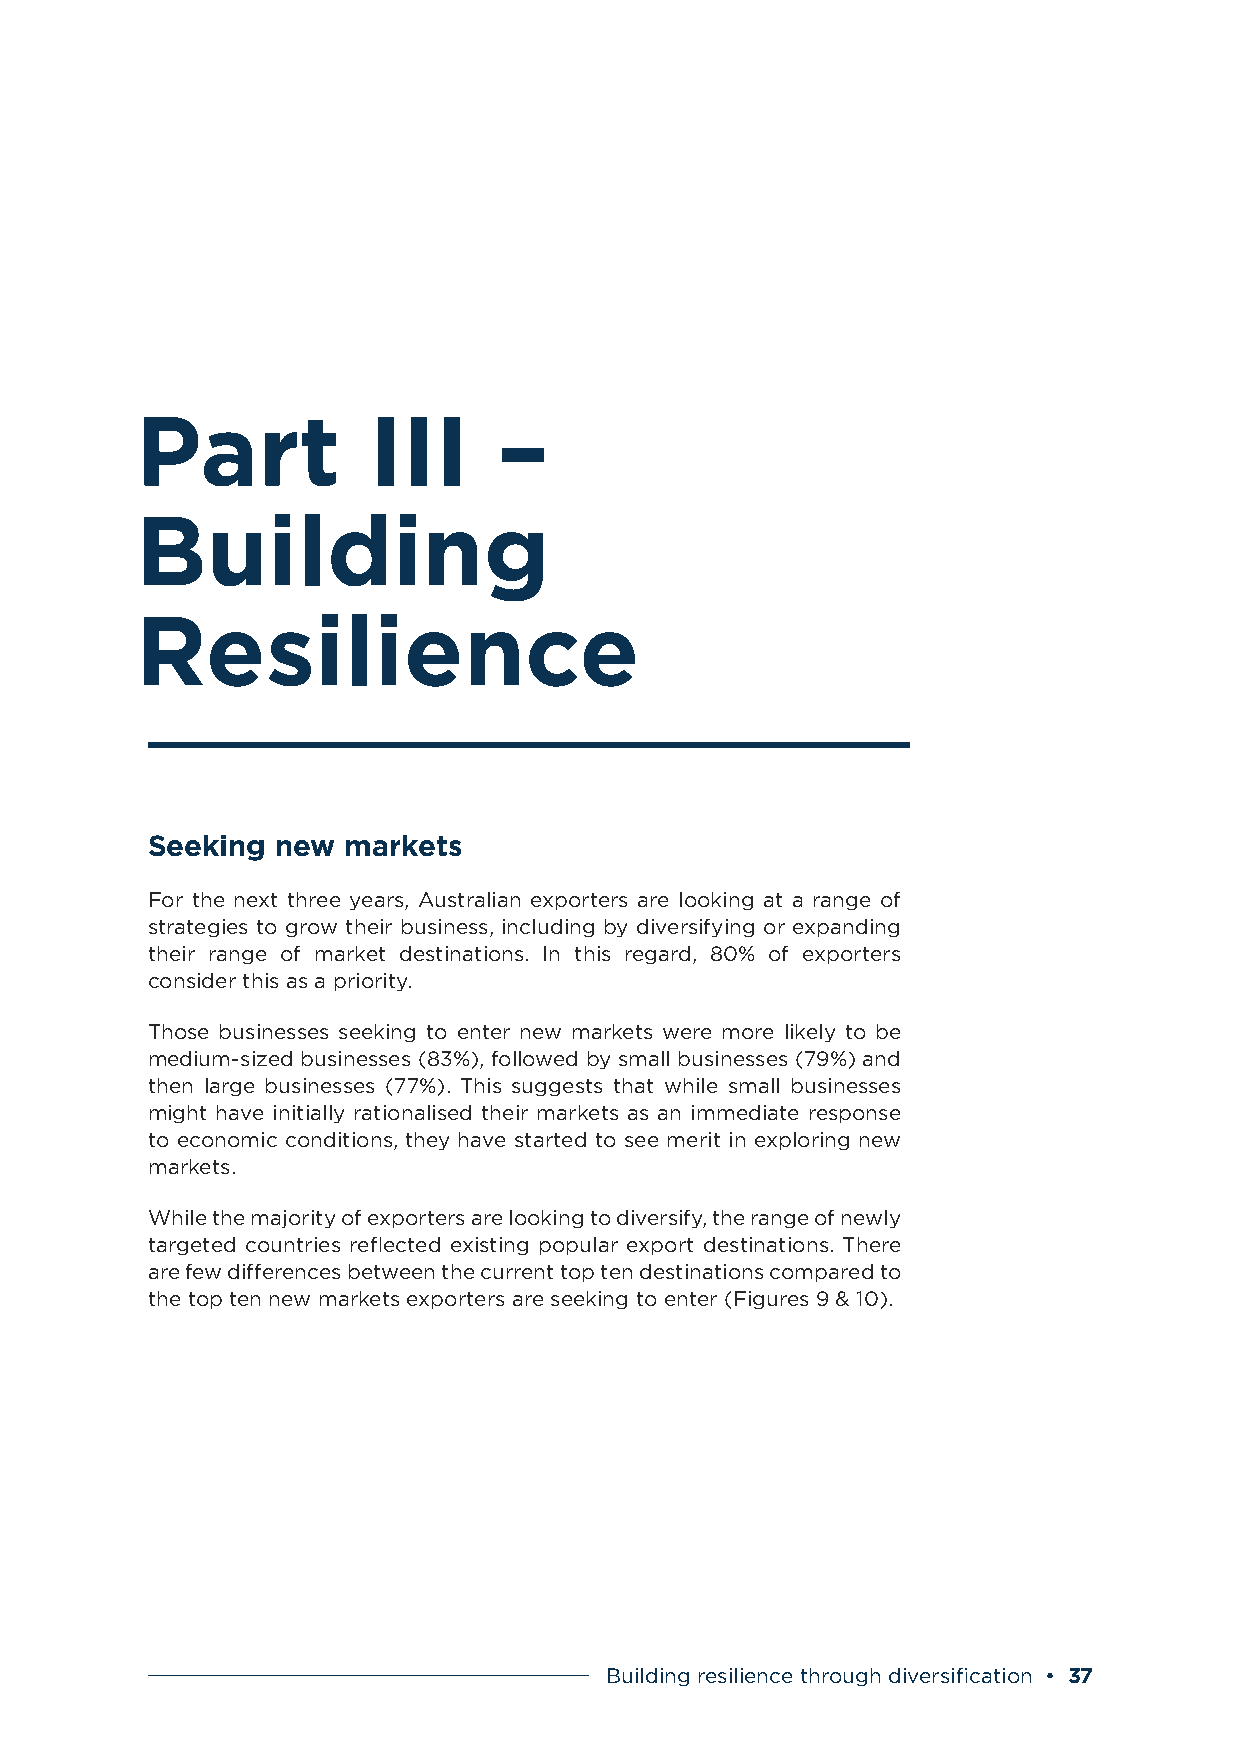
Part           III      –
 Building
 Resilience
 Seeking new  markets
 For the next three years, Australian exporters are looking at a range of
 strategies to grow their business, including by diversifying or expanding
 their range of market destinations. In this regard, 80% of exporters
 consider this as a priority.
 Those businesses seeking to enter new markets were more likely to be
 medium-sized businesses (83%), followed by small businesses (79%) and
 then large businesses (77%). This suggests that while small businesses
 might have initially rationalised their markets as an immediate response
 to economic conditions, they have started to see merit in exploring new
 markets.
 While the majority of exporters are looking to diversify, the range of newly
 targeted countries reflected existing popular export destinations. There
 are few differences between the current top ten destinations compared to
 the top ten new markets exporters are seeking to enter (Figures 9 & 10).
 Building resilience through diversification • 37